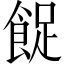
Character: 𱃨